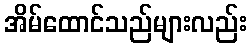
အိမ်ထောင်သည်များလည်း